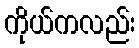
ကိုယ်ကလည်း